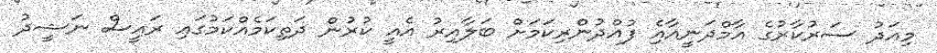
މިއަދު ސަރުކާރުގެ އާމްދަނީއާއިެ ފުއްދުންެރިކަމަށް ބަލާއިރު އެއީ ކުރުން ދަތިކަމެއްކަމުގައި ރައީސް ނަޝީދު